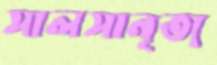
সালসানৃত্য